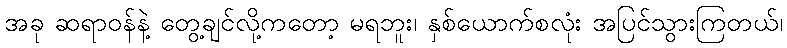
အခု ဆရာဝန်နဲ့ တွေ့ချင်လို့ကတော့ မရဘူး၊ နှစ်ယောက်စလုံး အပြင်သွားကြတယ်၊